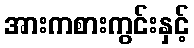
အားကစားကွင်းနှင့်